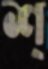
শ্